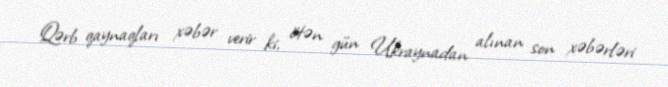
Qərb qaynaqları xəbər verir ki, ötən gün Ukraynadan alınan son xəbərləri